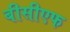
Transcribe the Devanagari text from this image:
बीसीएफ